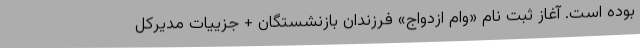
بوده است. آغاز ثبت نام «وام ازدواج» فرزندان بازنشستگان + جزییات مدیرکل